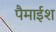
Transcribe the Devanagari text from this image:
पैमाईश